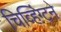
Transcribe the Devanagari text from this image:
चिव्हिंग्टने